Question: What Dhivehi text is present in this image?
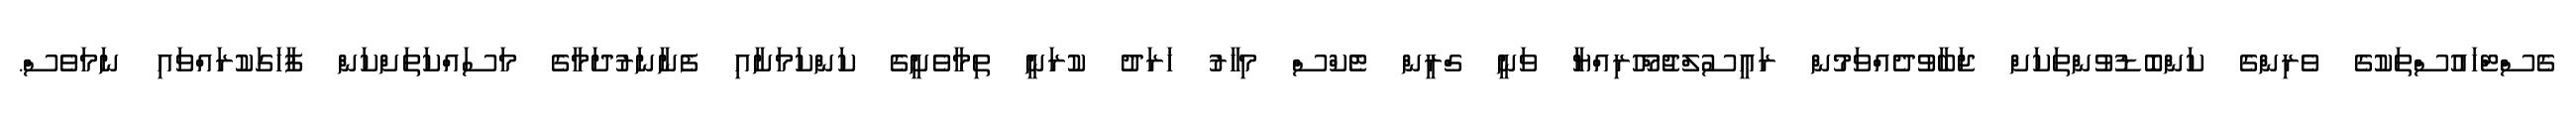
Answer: ގެސްޓްހައުސްތަކުގެ ވެރިންގެ ކަންބޮޑުވުންތަކަށް ޖަބާވުދެއްވަމުން ރައީސުލްޖުމްހޫރިއްޔާ ވަނީ ގްރީން ޓެކްސް މިހާރު ޚަރަދު ކުރަނީ ތިމާވެށީގެ ކަންކަމަށާއި ފެނާނަރުދަމާގެ މަސައްކަތަށްކަން ފާހަގަކުރައްވައި ނަމަވެސް.